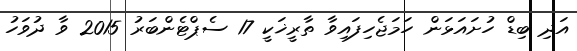
އަދި ބިޑް ހުށައަޅަން ހަމަޖެހިފައިވާ ތާރީޚަކީ 17 ސެޕްޓެންބަރު 2015 ވާ ދުވަހު